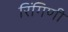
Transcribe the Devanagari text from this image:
रिंगिणी